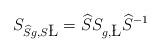
LaTeX: \begin{align*}S_{\widehat{S}g, S \L} = \widehat{S} S_{g,\L} \widehat{S}^{-1}\end{align*}